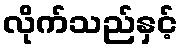
လိုက်သည်နှင့်